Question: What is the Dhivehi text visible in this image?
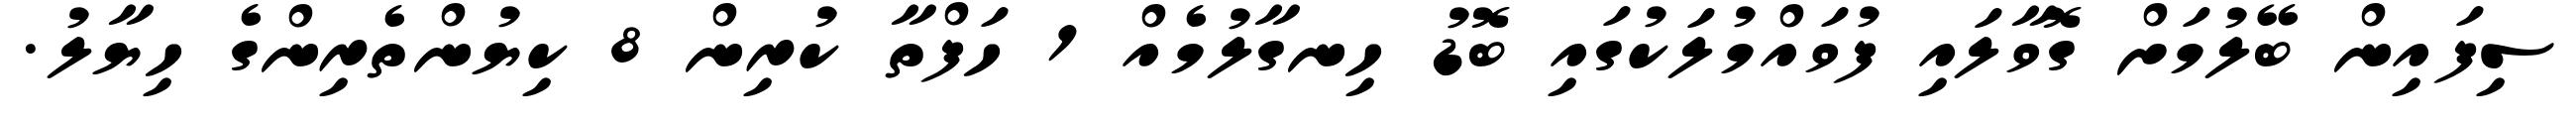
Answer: ސިފައިން ބޭލުމަށް ގޮވާލައި ފުވައްމުލަކުގައި ބޮޑު ހިނގާލުމެއް 1 ހަފްތާ ކުރިން 8 ކިޔުންތެރިންގެ ހިޔާލު.